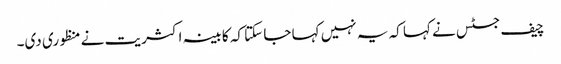
چیف جسٹس نے کہا کہ یہ نہیں کہا جا سکتا کہ کابینہ اکثریت نے منظوری دی۔